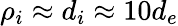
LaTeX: \rho_{i}\approx d_{i}\approx 10d_{e}